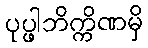
ပုပ္ဖါဘိက္ကိဏမှိ